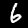
Digit: 6